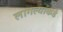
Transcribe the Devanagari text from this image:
लागल्याकडे